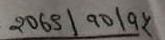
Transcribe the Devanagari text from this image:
२०७५/१०/१५